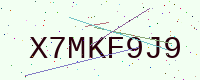
Text: X7MKF9J9